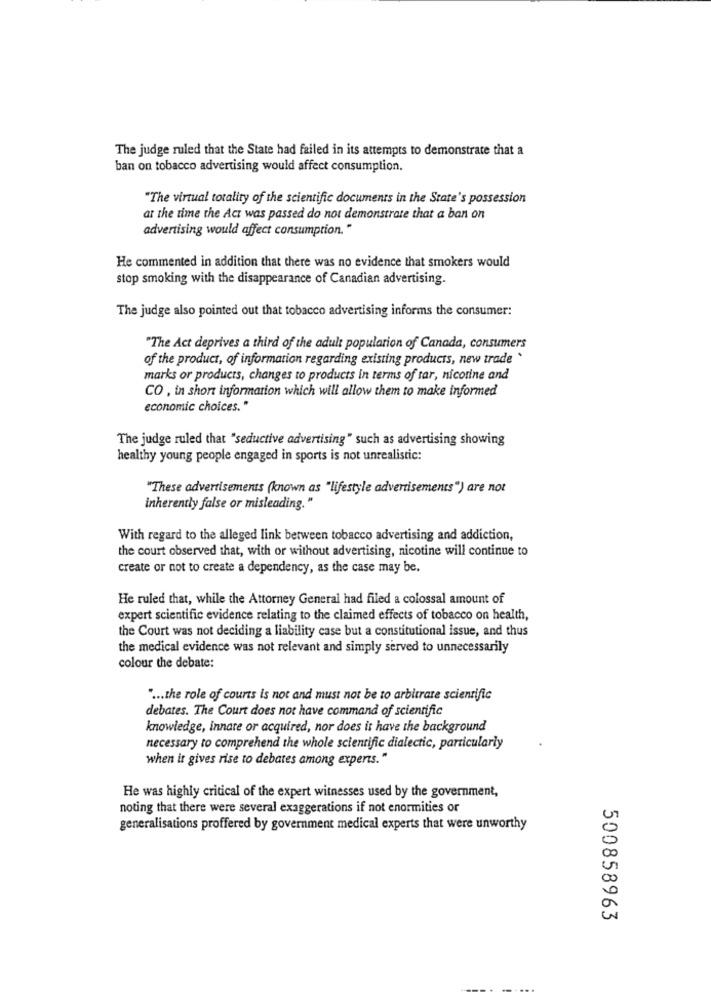
The judge ruled that the State had failed in its attempts to demonstrate that a
ban on tobacco advertising would affect consumption.
"The virtual totality of the scientific documents in the State's possession
at the time the Act was passed do not demonstrate that a ban on
advertising would affect consumption."
He commented in addition that there was no evidence that smokers would
stop smoking with the disappearance of Canadian advertising.
The judge also pointed out that tobacco advertising informs the consumer:
"The Act deprives a third of the adult popularion of Canada, consumers
of the product, of information regarding existing products, new trade .
marks or products, changes to products in terms of tar, nicotine and
CO , in short information which will allow them to make informed
economic choices."
The judge ruled that "seductive advertising" such as advertising showing
healthy young people engaged in sports is not unrealistic:
"These advertisements (known as "lifestyle advertisements") are not
inherently false or misleading."
With regard to the alleged link between tobacco advertising and addiction,
the court observed that, with or without advertising, nicotine will continue to
create or not to create a dependency, as the case may be.
He ruled that, while the Attorney General had filed a colossal amount of
expert scientific evidence relating to the claimed effects of tobacco on health,
the Court was not deciding a liability case but a constitutional issue, and thus
the medical evidence was not relevant and simply served to unnecessarily
colour the debate:
" ... the role of courts is not and must not be to arbitrate scientific
debates. The Court does not have command of scientific
knowledge, innate or acquired, nor does it have the background
necessary to comprehend the whole scientific dialectic, particularly
when it gives rise to debates among experts."
He was highly critical of the expert witnesses used by the government,
noting that there were several exaggerations if not enormities or
generalisations proffered by government medical experts that were unworthy
500858963
....